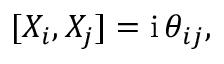
[ X _ { i } , X _ { j } ] = \ensuremath { \mathrm { i } } \, \theta _ { i j } ,